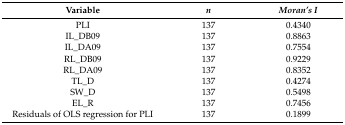
<table><thead><tr><td><b>Variable</b></td><td><b><i>n</i></b></td><td><b><i>Moran’s I</i></b></td></tr></thead><tbody><tr><td>PLI</td><td>137</td><td>0.4340</td></tr><tr><td>IL_DB09</td><td>137</td><td>0.8863</td></tr><tr><td>IL_DA09</td><td>137</td><td>0.7554</td></tr><tr><td>RL_DB09</td><td>137</td><td>0.9229</td></tr><tr><td>RL_DA09</td><td>137</td><td>0.8352</td></tr><tr><td>TL_D</td><td>137</td><td>0.4274</td></tr><tr><td>SW_D</td><td>137</td><td>0.5498</td></tr><tr><td>EL_R</td><td>137</td><td>0.7456</td></tr><tr><td>Residuals of OLS regression for PLI</td><td>137</td><td>0.1899</td></tr></tbody></table>